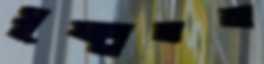
সূক্ষ্মতম